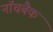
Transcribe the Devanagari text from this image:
नॉचबैक